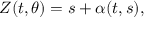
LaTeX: Z ( t , \theta ) = s + \alpha ( t , s ) ,